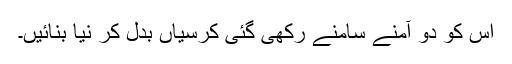
اِس کو دو آمنے سامنے رکھی گئی کرسیاں بَدَل کر نیا بنائیں۔